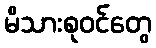
မိသားစုဝင်တွေ